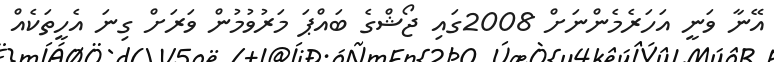
އޭނާ ވަނީ އަހަރެމެންނަށް 2008ގައި ޖޯޝްގެ ބައްޕަ މަރުވުމުން ވަރަށް ގިނަ އެހީތަކެއް